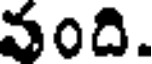
వంది.